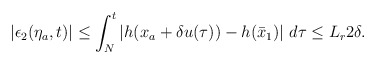
\begin{align*}\begin{aligned}|\epsilon_2(\eta_a,t)| \le \int_N^t \left|h(x_a+\delta u(\tau))-h(\bar{x}_1)\right| \,d\tau \le L_r 2\delta.\end{aligned}\end{align*}